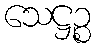
သေဋ္ဌဉ္စ